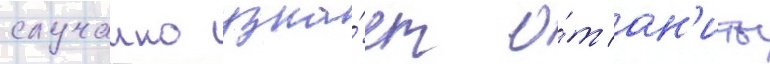
случаино узна́ет о́т ан'иты